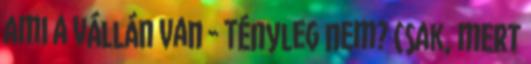
ami a vállán van - Tényleg nem? Csak, mert